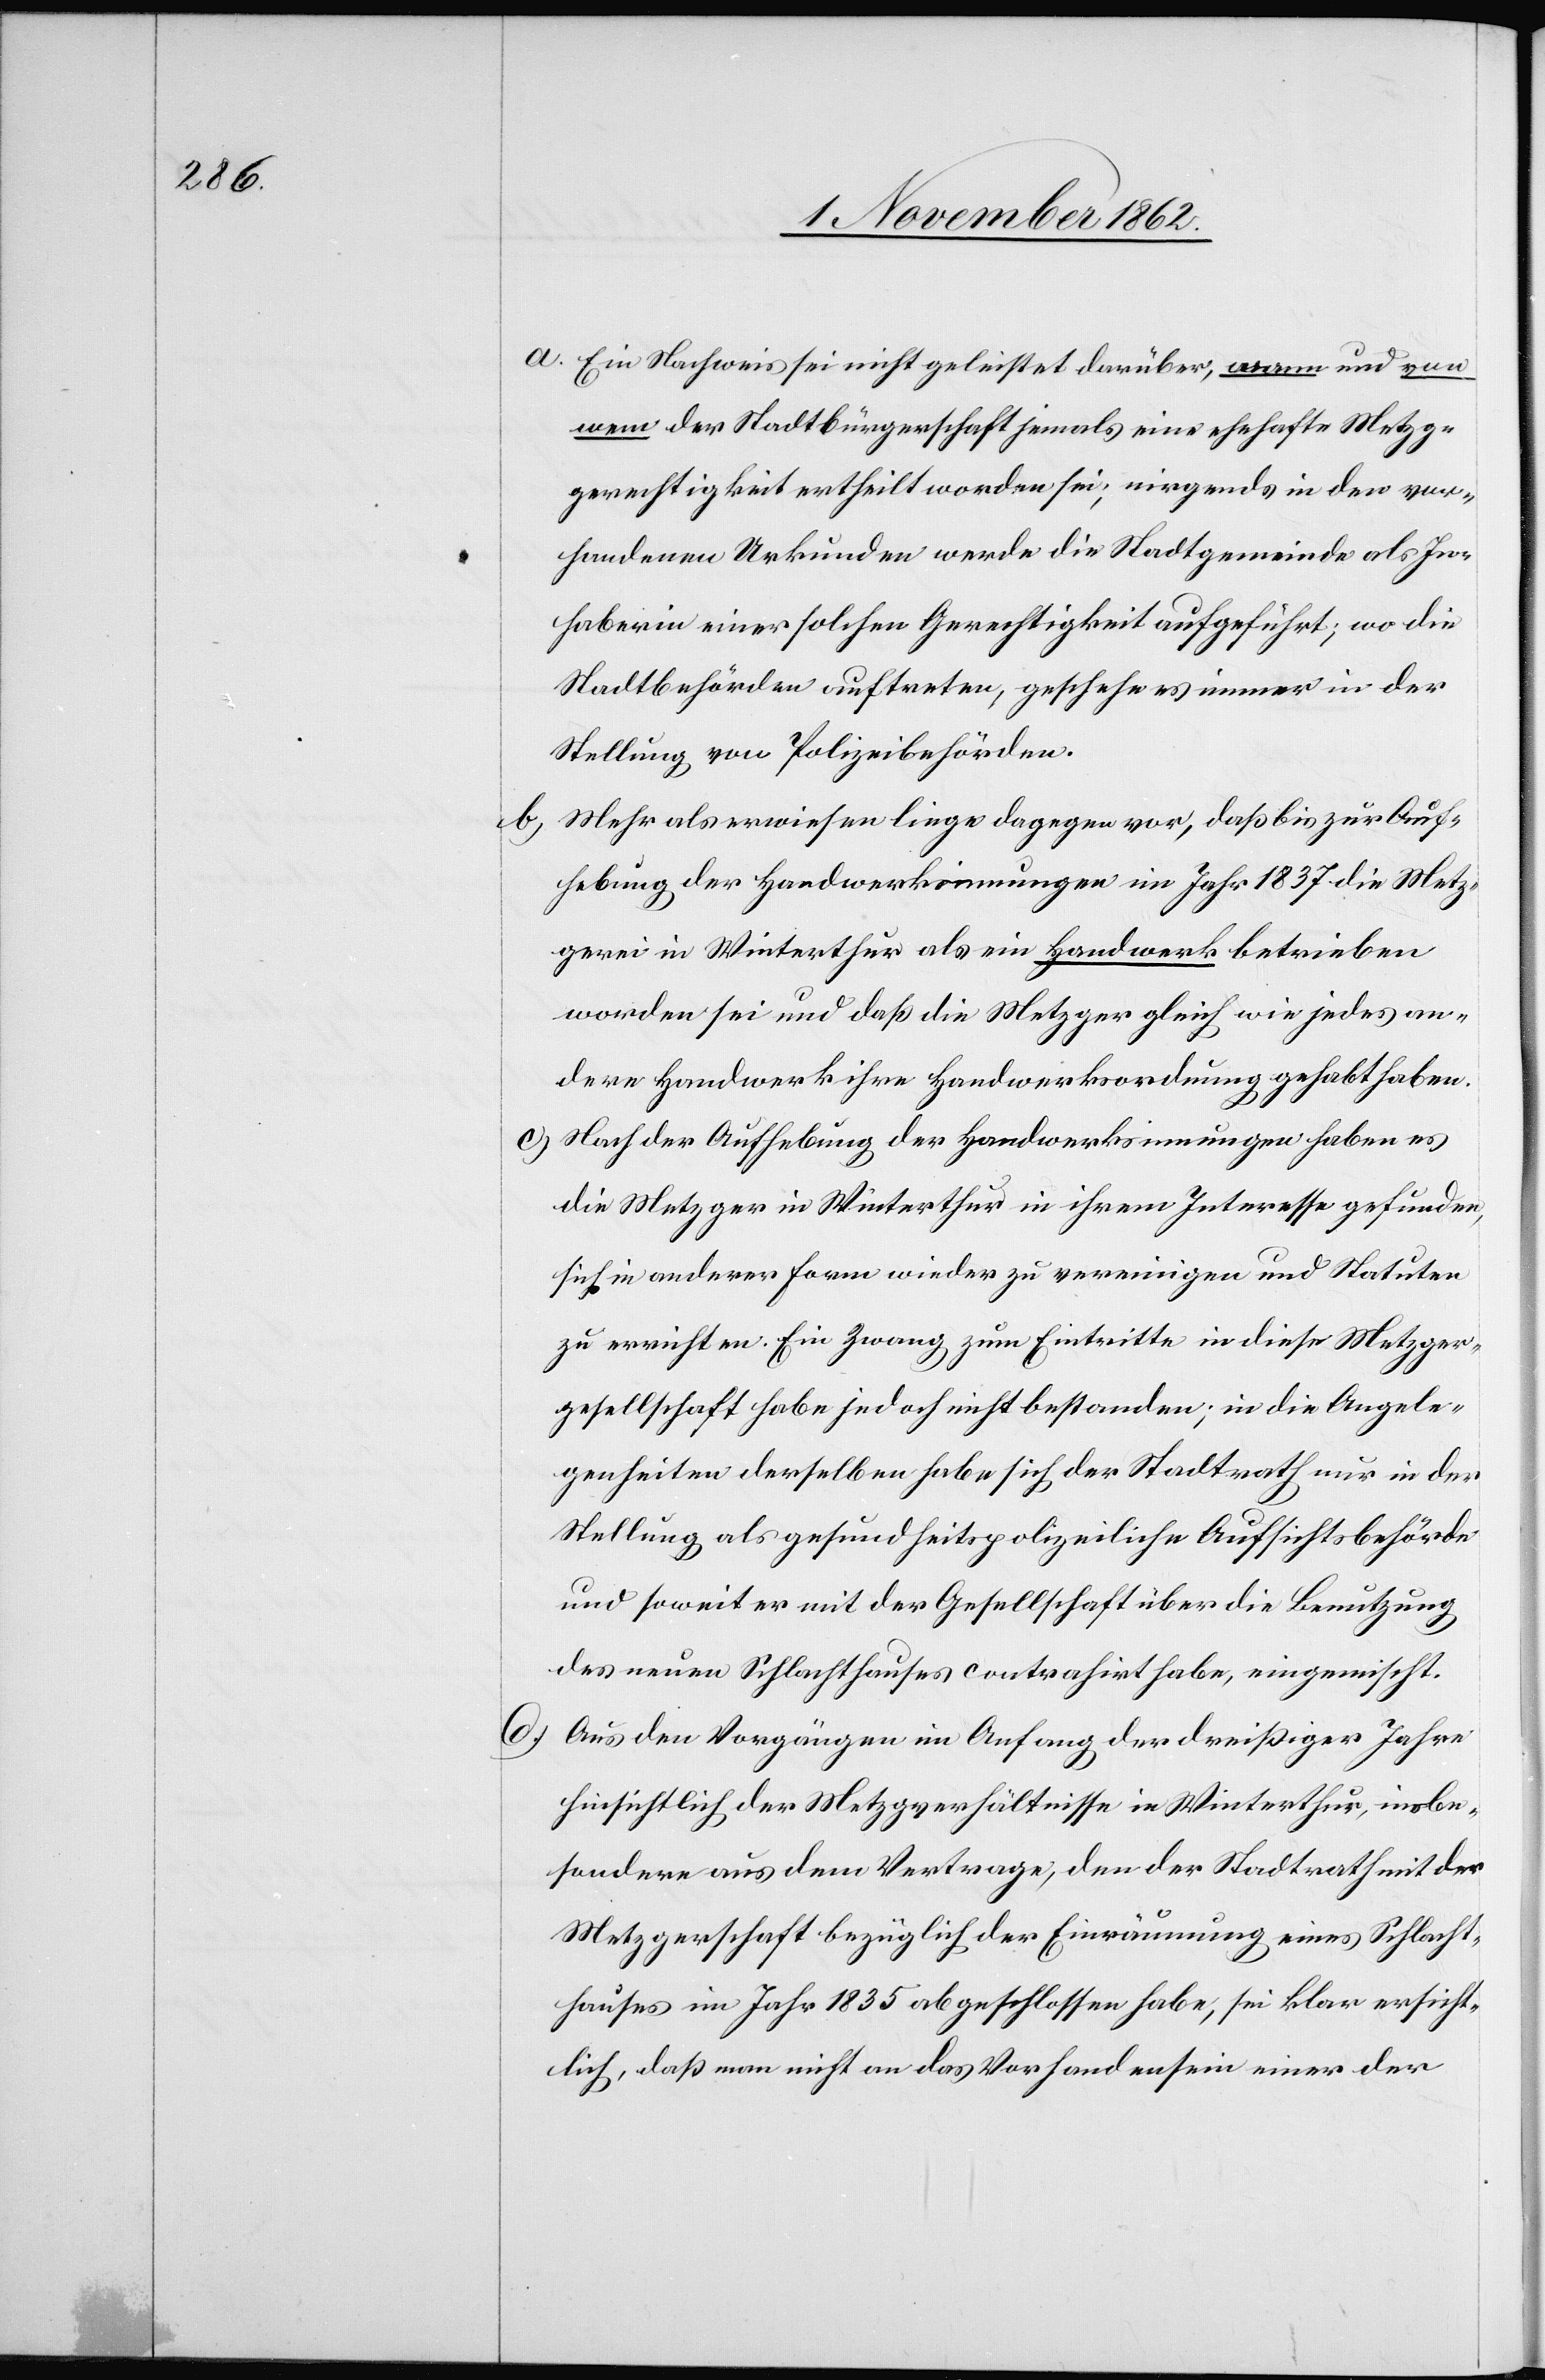
a. Ein Nachweis sei nicht geleistet darüber, wann und von
wem der Stadtbürgerschaft jemals eine ehehafte Metzg¬
gerechtigkeit ertheilt worden sei, nirgends in der vor¬
handenen Urkunden werde die Stadtgemeinde als In¬
haberin einer solchen Gerechtigkeit aufgeführt, wo die
Stadtbehörden auftreten, geschehe es immer in der
Stellung von Polizeibehörden.
b. Mehr als erwiesen liege dagegen vor, daß bis zur Auf¬
hebung der Handwerksinnungen im Jahr 1837 die Metz¬
gerei in Winterthur als ein Handwerk betrieben
worden sei und daß die Metzger gleich wie jedes an¬
dere Handwerk ihre Handwerksordnung gehabt haben.
c. Nach der Aufhebung der Handwerksinnungen haben es
die Metzger in Winterthur in ihrem Interesse gefunden,
sich in anderer Form wieder zu vereinigen und Statuten
zu errichten. Ein Zwang zum Eintritte in diese Metzger¬
gesellschaft habe jedoch nicht bestanden in den Angele¬
genheiten derselben habe sich der Stadtrath nur in der
Stellung als gesundheitspolizeiliche Aufsichtsbehörde
und sowie er mit der Gesellschaft über die Benutzung
des neuen Schlachthauses contrahirt habe, eingemischt.
d. Aus den Vorgängen im Anfang der dreißiger Jahre
hinsichtlich der Metzgerverhältnisse in Winterthur, insbe¬
sondere aus dem Vertage, den der Stadtrath mit der
Metzgerschaft bezüglich der Einräumung eines Schlacht¬
hauses im Jahr 1835 abgeschlossen habe, sei klar ersicht¬
lich, daß man nicht an das Vorhandensein einer der